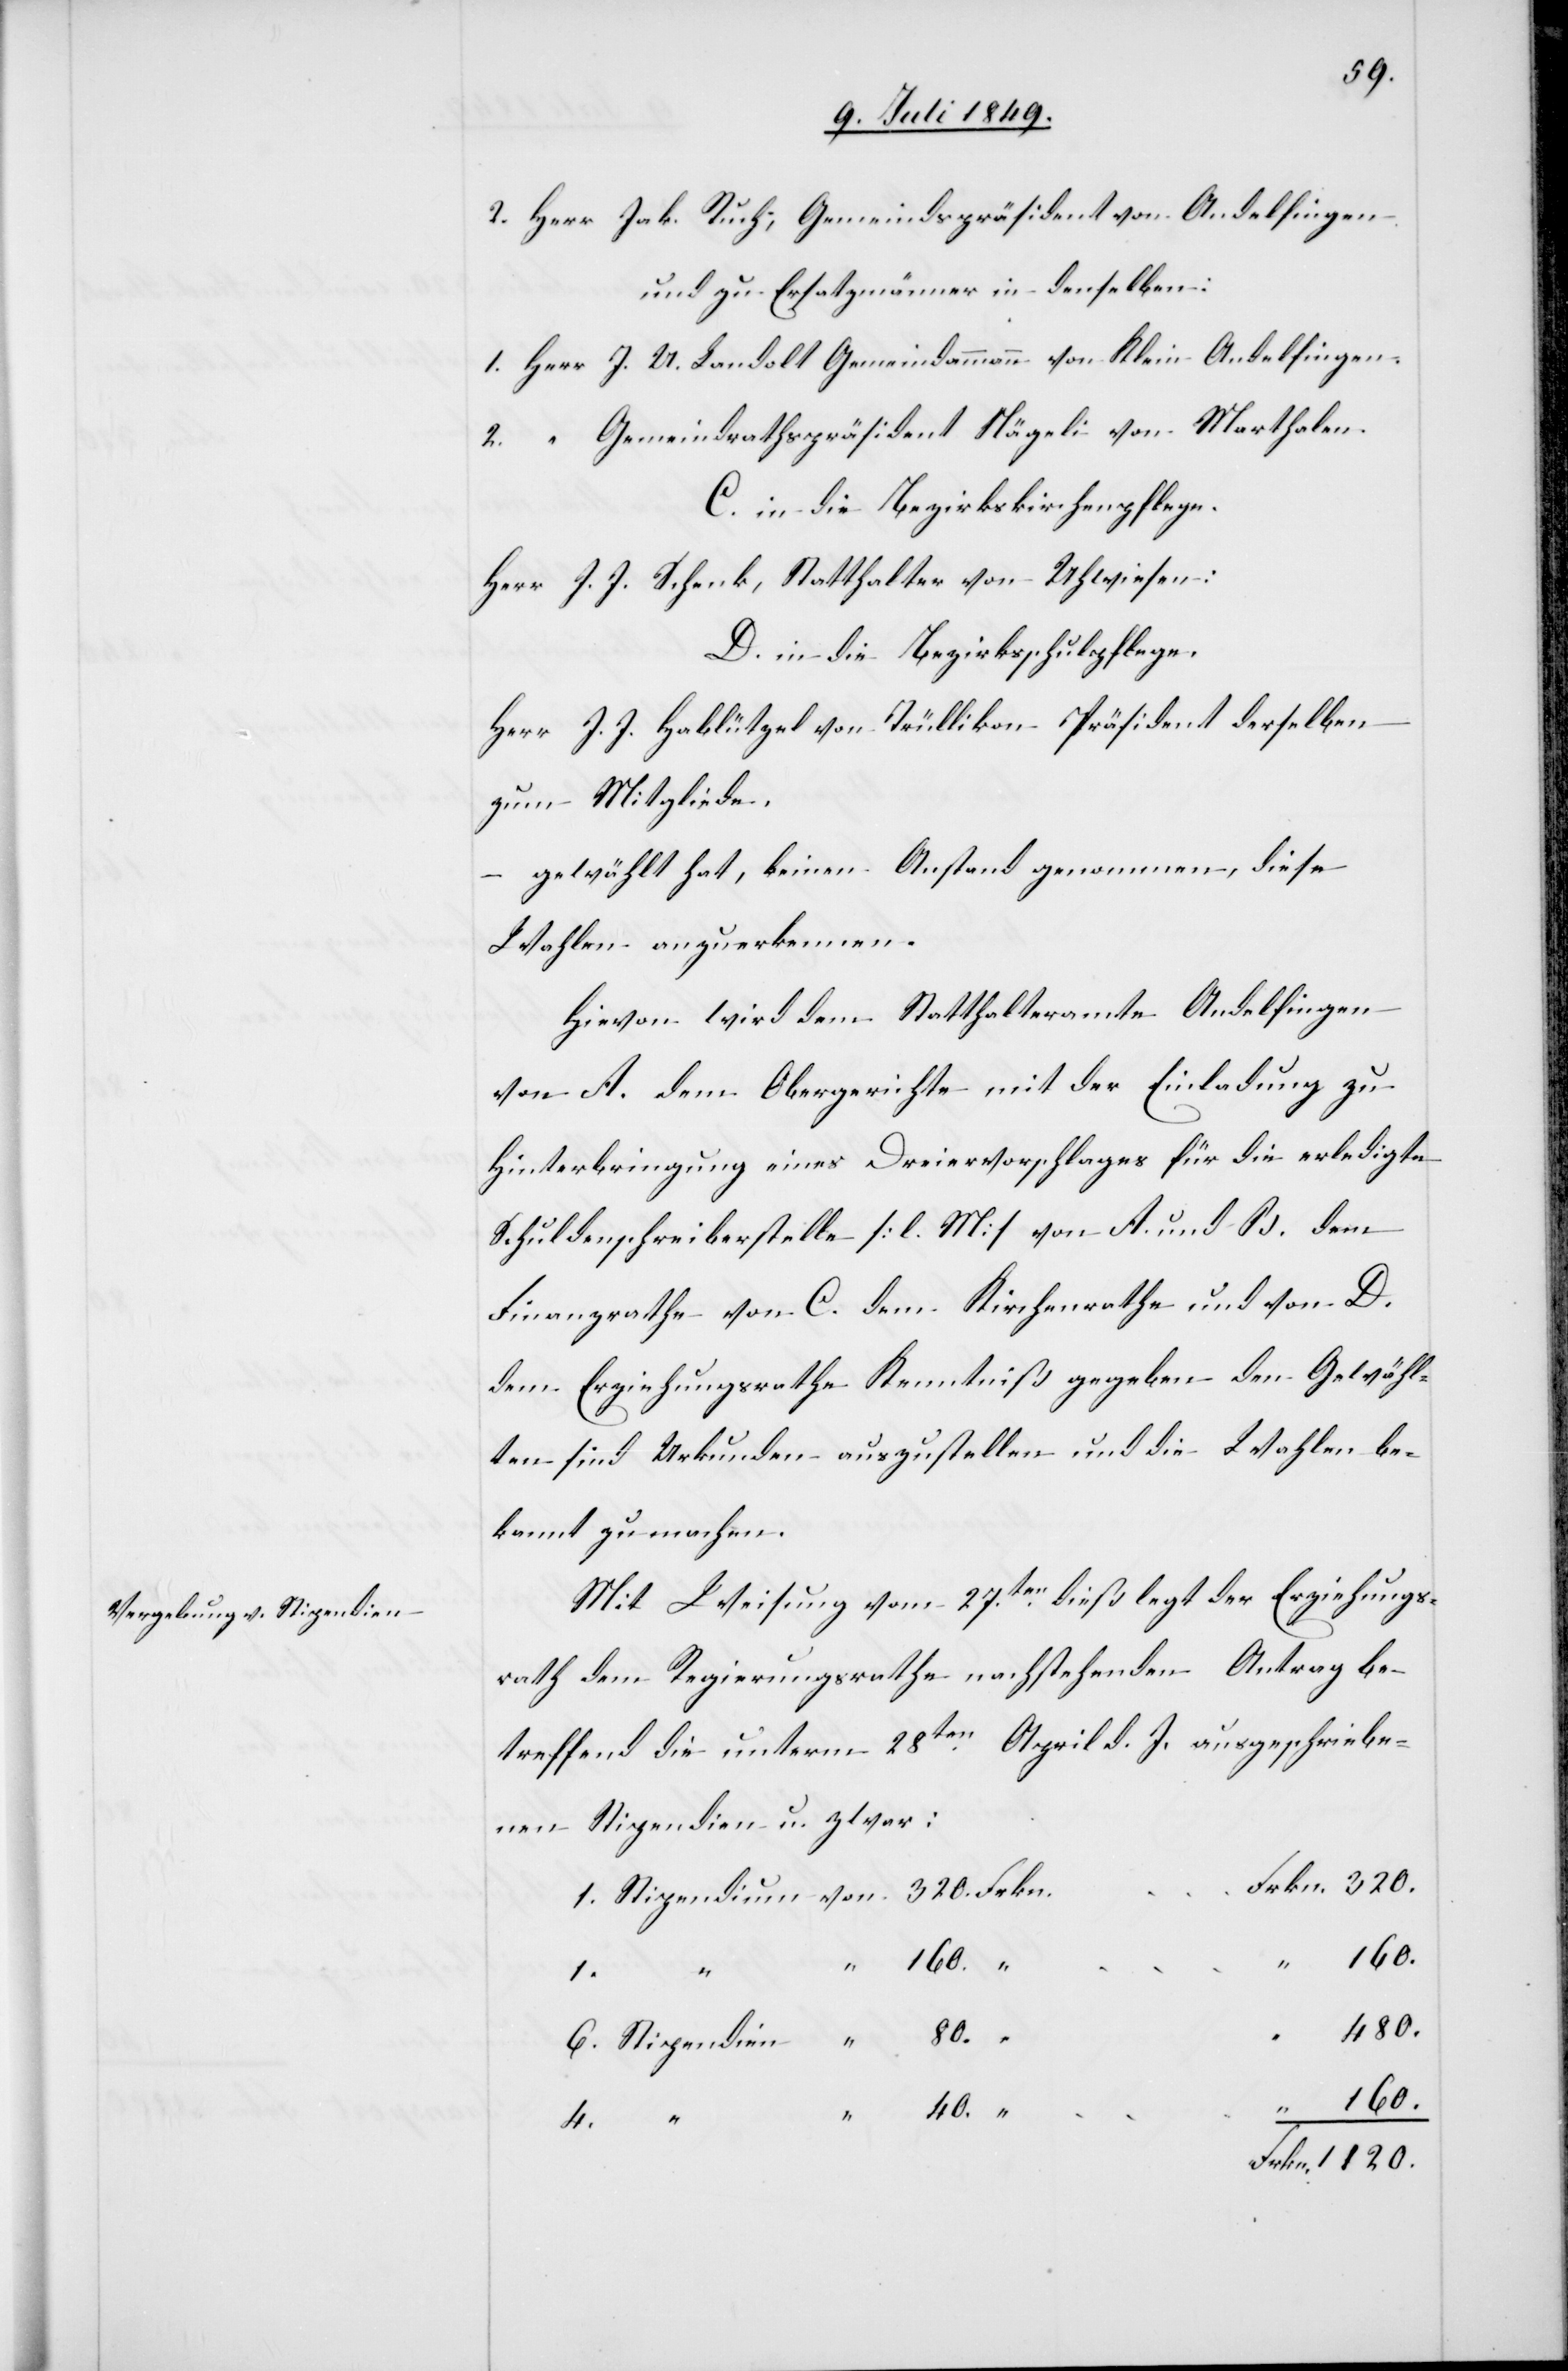
2. Herr	Jak. Ruch; Gemeindspräsidenten von Andelfingen
und zu Ersatzmänner in denselben:
1.Herr	J. U. Landolt Gemeindammann von Klein-Andelfingen.
2.	“	Gemeindrathspräsident Nägeli von Marthalen.
C. in die Bezirkskirchenpflege.
Herr J. J. Schenk, Statthalter von Uhwiesen:
D. in die Bezirksschulpflege.
Herr J. J. Hablützel von Trüllikon Präsident derselben
zum Mitgliede.
gewählt hat, keinen Anstand genommen, diese
Wahlen anzuerkennen.
Hievon wird dem Statthalteramte Andelfingen
von A. dem Obergerichte mit der Einladung zu
Hinterbringung eines Dreiervorschlages für die erledigte
Schuldenschreiberstelle [l. M] von A. und B. dem
Finanzrathe von C. dem Kirchenrathe und von D.
dem Erziehungsrathe Kenntniß gegeben den Gewähl¬
ten sind Urkunden auszustellen und die Wahlen be¬
kannt zu machen.
Mit Weisung vom 27ten dieß legt der Erziehungs¬
rath dem Regierungsrathe nachstehenden Antrag be¬
treffend die unterm 28ten April d. J. ausgeschriebe¬
nen Stipendien u. zwar:
1.
6. Stipendien	 “	80.
Frkn.	1 120.